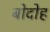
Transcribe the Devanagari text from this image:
बोदोह